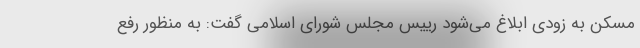
مسکن به زودی ابلاغ می‌شود رییس مجلس شورای اسلامی گفت: به منظور رفع